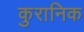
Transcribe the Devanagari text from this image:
कुरानिक